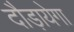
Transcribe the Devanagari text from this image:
दौड़ायेगा